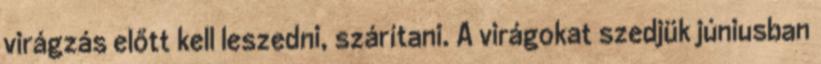
virágzás előtt kell leszedni, szárítani. A virágokat szedjük júniusban